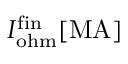
I _ { \mathrm { o h m } } ^ { \mathrm { f i n } } \mathrm { [ M A ] }